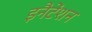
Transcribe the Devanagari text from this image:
इनैटेंशन